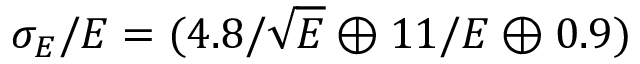
\sigma _ { E } / E = ( 4 . 8 / \sqrt { E } \oplus 1 1 / E \oplus 0 . 9 ) \